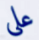
على